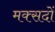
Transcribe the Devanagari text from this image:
मक्सदों